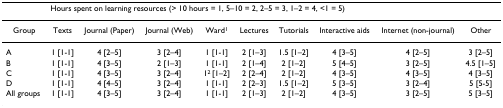
|  | <COLSPAN=9> Hours spent on learning resources (> 10 hours = 1, 5–10 = 2, 2–5 = 3, 1–2 = 4, <1 = 5) |
 | --- | --- | --- | --- | --- | --- | --- | --- | --- | --- |
 | Group | Texts | Journal (Paper) | Journal (Web) | Ward1 | Lectures | Tutorials | Interactive aids | Internet (non-journal) | Other |
 | A | 1 [1-1] | 4 [2–5] | 3 [2–4] | 1 [1-1] | 2 [1–3] | 1.5 [1–2] | 4 [3–5] | 4 [2–5] | 3 [2–5] |
 | B | 1 [1-1] | 4 [3–5] | 2 [1–3] | 1 [1-1] | 2 [1–4] | 2 [1–2] | 5 [4–5] | 3 [2–5] | 4.5 [1–5] |
 | C | 1 [1-1] | 4 [3–5] | 3 [2–4] | 12 [1–2] | 2 [2–4] | 2 [1–2] | 4 [3–5] | 4 [3–5] | 4 [3–5] |
 | D | 1 [1-1] | 4 [4–5] | 3 [2–4] | 1 [1-1] | 2 [2–3] | 1.5 [1–2] | 5 [3–5] | 3 [2–4] | 5 [5-5] |
 | All groups | 1 [1-1] | 4 [3–5] | 3 [2–4] | 1 [1-1] | 2 [1–3] | 2 [1–2] | 4 [3–5] | 3 [2–5] | 5 [3–5] |